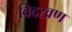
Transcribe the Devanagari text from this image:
विदरव्रण